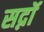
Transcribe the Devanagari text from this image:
सद्नॉ